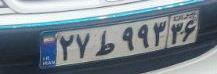
۲۷ط۹۹۳۳۶